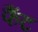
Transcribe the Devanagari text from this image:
फैंट